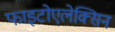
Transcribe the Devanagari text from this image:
फाइटोएलेक्सिन